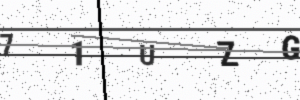
Text: 71UZG